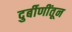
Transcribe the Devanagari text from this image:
दुर्बीणींतून